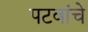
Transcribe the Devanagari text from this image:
पटवांचे